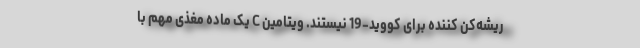
ریشه‌کن کننده برای کووید-19 نیستند. ویتامین C یک ماده مغذی مهم با